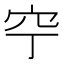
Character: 䆑